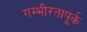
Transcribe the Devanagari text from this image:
गम्भीरतापूर्क